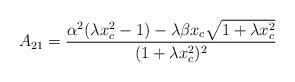
LaTeX: \begin{align*} A_{21}=\frac{\alpha^{2}(\lambda x_{c}^{2}-1)-\lambda\beta x_{c}\sqrt{1+\lambda x_{c}^{2}}}{(1+\lambda x_{c}^{2})^2}\end{align*}